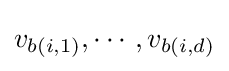
v_{b(i,1)},\cdots ,v_{b(i,d)}